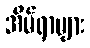
အိမ်ရာများ